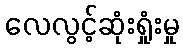
လေလွင့်ဆုံးရှုံးမှု